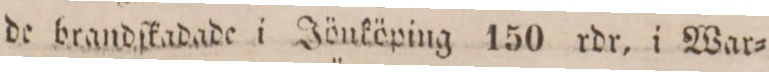
de brandſkadade i Jönköping 150 rdr, i War=